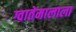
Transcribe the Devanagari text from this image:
ग्वातेमालाला